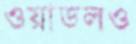
ওয়াডলও